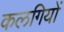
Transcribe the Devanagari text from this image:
कलगियों